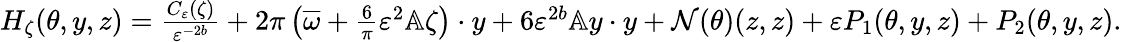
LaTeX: \begin{array}{r}{H_{\zeta}(\theta,y,z)=\frac{C_{\varepsilon}(\zeta)}{\varepsilon^{-2b}}+2\pi\left(\overline{{\omega}}+\frac{6}{\pi}\varepsilon^{2}\mathbb{A}\zeta\right)\cdot y+6\varepsilon^{2b}\mathbb{A}y\cdot y+\mathcal{N}(\theta)(z,z)+\varepsilon P_{1}(\theta,y,z)+P_{2}(\theta,y,z).}\end{array}